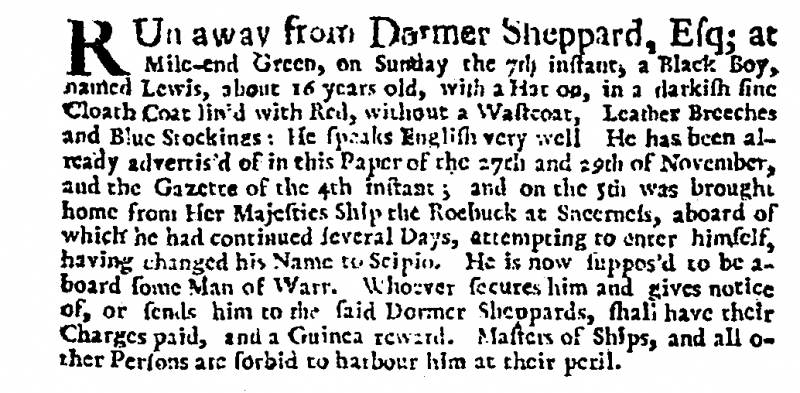
Post Man and the Historical Account, 13 December 1707 (England)
RUn away from Dormer Sheppard, Esq; at Mile-end Green, on Sunday the 7th instant, a Black Boy, named Lewis, about 16 years old, with a Hat on, in a darkish fine Cloath Coat lin’d with Red, without a Wastcoat, Leather Breeches and Blue Stockings: He speaks English very well  He has been already advertis’d of in this Paper of the 27th and 29th of November, and the Gazette of the 4th instant; and on the 5th was brought home from Her Majesties Ship the Roebuck at Sheerness, aboard of which he had continued several Days, attempting to enter himself, having changed his Name to Scipio. He is now suppos’d to be aboard some Man of Warr. Whoever secures him and gives notice of, or sends him to the said Dormer Sheppards, shall have their Charges paid, and a Guinea reward. Masters of Ships, and all other Persons are forbid to harbour him at their peril.